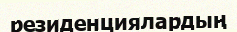
резиденциялардың